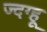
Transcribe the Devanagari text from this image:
ज्दग्हू